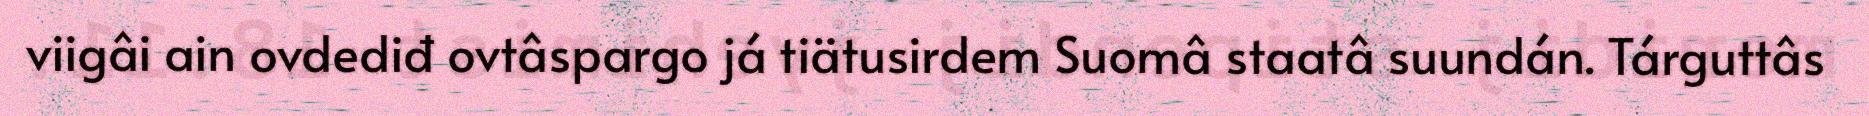
viigâi ain ovdediđ ovtâspargo já tiätusirdem Suomâ staatâ suundán. Tárguttâs